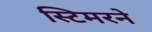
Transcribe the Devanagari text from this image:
स्टिमरने